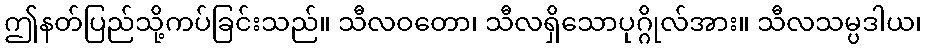
ဤနတ်ပြည်သို့ကပ်ခြင်းသည်။ သီလဝတော၊ သီလရှိသောပုဂ္ဂိုလ်အား။ သီလသမ္ပဒါယ၊